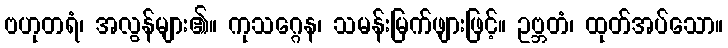
ဗဟုတရံ၊ အလွန်များ၏။ ကုသဂ္ဂေန၊ သမန်းမြက်ဖျားဖြင့်။ ဥဗ္ဘတံ၊ ထုတ်အပ်သော။